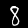
Digit: 8